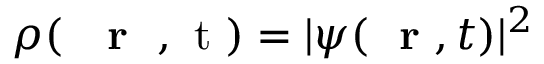
\rho ( \mathrm { ~ { ~ \bf ~ r ~ } ~ , ~ t ~ } ) = | \psi ( \mathrm { ~ \bf ~ r ~ } , t ) | ^ { 2 }